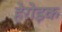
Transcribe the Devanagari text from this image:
हेरोइक